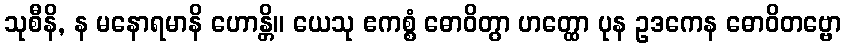
သုစီနိ, န မနောရမာနိ ဟောန္တိ။ ယေသု ဧကစ္စံ ဓောဝိတွာ ဟတ္ထော ပုန ဥဒကေန ဓောဝိတဗ္ဗော